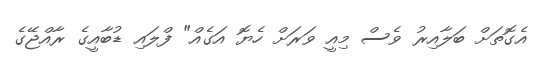
އެގޮތަށް ބަލާއިރު ވެސް މިއީ ވަރަށް ހެޔޮ އަގެއް" ފްލައި ޑުބާއީގެ ރާއްޖޭގެ